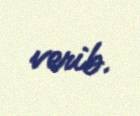
verib.